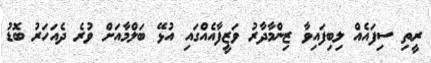
ރީތި ސިފައެއް ލިބިފައިވާ ޒިންމާދާރު ވަޒީފާއެއްގައި އުޅޭ ބަލްމާއަށް ވުރެ ދެއަހަރު ބޮޑު